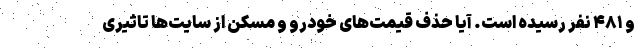
و ۴۸۱ نفر رسیده است. آیا حذف قیمت‌های خودرو و مسکن از سایت‌ها تاثیری